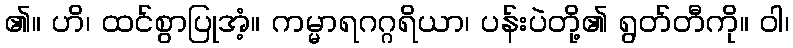
၏။ ဟိ၊ ထင်စွာပြုအံ့။ ကမ္မာရဂဂ္ဂရိယာ၊ ပန်းပဲတို့၏ ရွတ်တီကို။ ဝါ၊